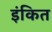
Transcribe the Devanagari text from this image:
इंकित